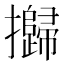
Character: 𢹾